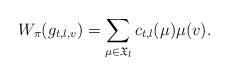
LaTeX: \begin{align*}W_{\pi}(g_{t,l,v}) = \sum_{\mu\in \mathfrak{X}_l} c_{t,l}(\mu) \mu(v). \end{align*}